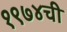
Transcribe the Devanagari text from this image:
१९७४ची